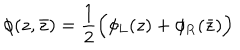
\phi ( z , \bar { z } ) = \frac { 1 } { 2 } \Big ( \phi _ { \mathrm { L } } ( z ) + \phi _ { \mathrm { R } } ( \bar { z } ) \Big )